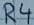
Text: R4